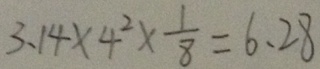
3 . 1 4 \times 4 ^ { 2 } \times \frac { 1 } { 8 } = 6 . 2 8